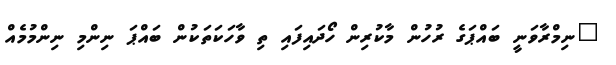
"ނިމްރާވަނީ ބައްޕަގެ ރުހުން މާކުރިން ހޯދައިފައި ތި ވާހަކަތަކުން ބައްޕަ ނިންމި ނިންމުމެއް